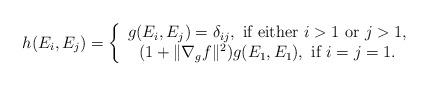
LaTeX: \begin{align*}h(E_i, E_j)=\left\{\begin{array}{c}g(E_i, E_j)= \delta_{ij}, \mbox{ if either } i > 1 \mbox{ or } j > 1,\\(1 + \|\nabla_g f\|^2) g(E_1,E_1), \mbox{ if } i = j = 1.\end{array} \right.\end{align*}